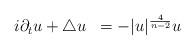
LaTeX: \begin{align*}\begin{array}{ll}i \partial_{t} u + \triangle u & = -|u|^{\frac{4}{n-2}} u\end{array}\end{align*}